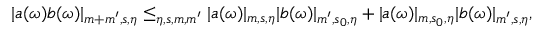
\begin{array} { r } { | \mathfrak { a } ( \omega ) \mathfrak { b } ( \omega ) | _ { m + m ^ { \prime } , s , \eta } \le _ { \eta , s , m , m ^ { \prime } } | \mathfrak { a } ( \omega ) | _ { m , s , \eta } | \mathfrak { b } ( \omega ) | _ { m ^ { \prime } , s _ { 0 } , \eta } + | \mathfrak { a } ( \omega ) | _ { m , s _ { 0 } , \eta } | \mathfrak { b } ( \omega ) | _ { m ^ { \prime } , s , \eta } , } \end{array}